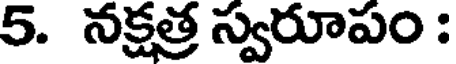
5. నక్షత్ర స్వరూపం :